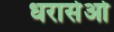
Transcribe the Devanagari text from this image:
धरासेओ